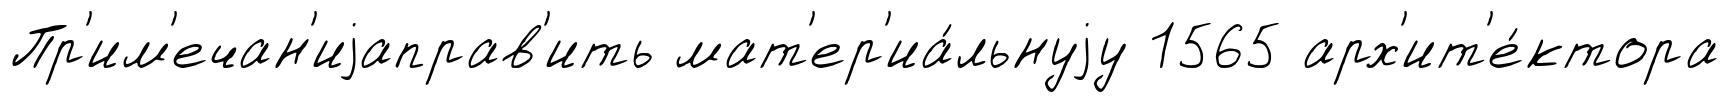
Пр'им'ечан'иjаправ'ить мат'ер'иа́льнуjу 1565 арх'ит'е́ктора